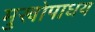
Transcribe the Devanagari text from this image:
मुखोपाधय